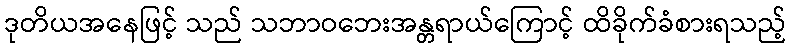
ဒုတိယအနေဖြင့် သည် သဘာဝဘေးအန္တရာယ်ကြောင့် ထိခိုက်ခံစားရသည့်